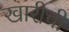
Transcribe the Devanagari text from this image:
खारीची